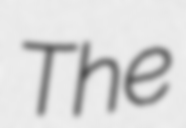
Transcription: The